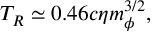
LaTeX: T _ { R } \simeq 0 . 4 6 c \eta m _ { \phi } ^ { 3 / 2 } ,